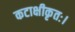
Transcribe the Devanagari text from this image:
कटाक्षीकृतः।